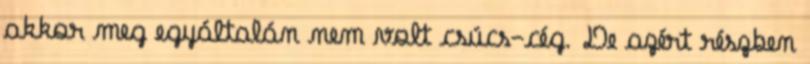
akkor meg egyáltalán nem volt csúcs-cég. De azért részben